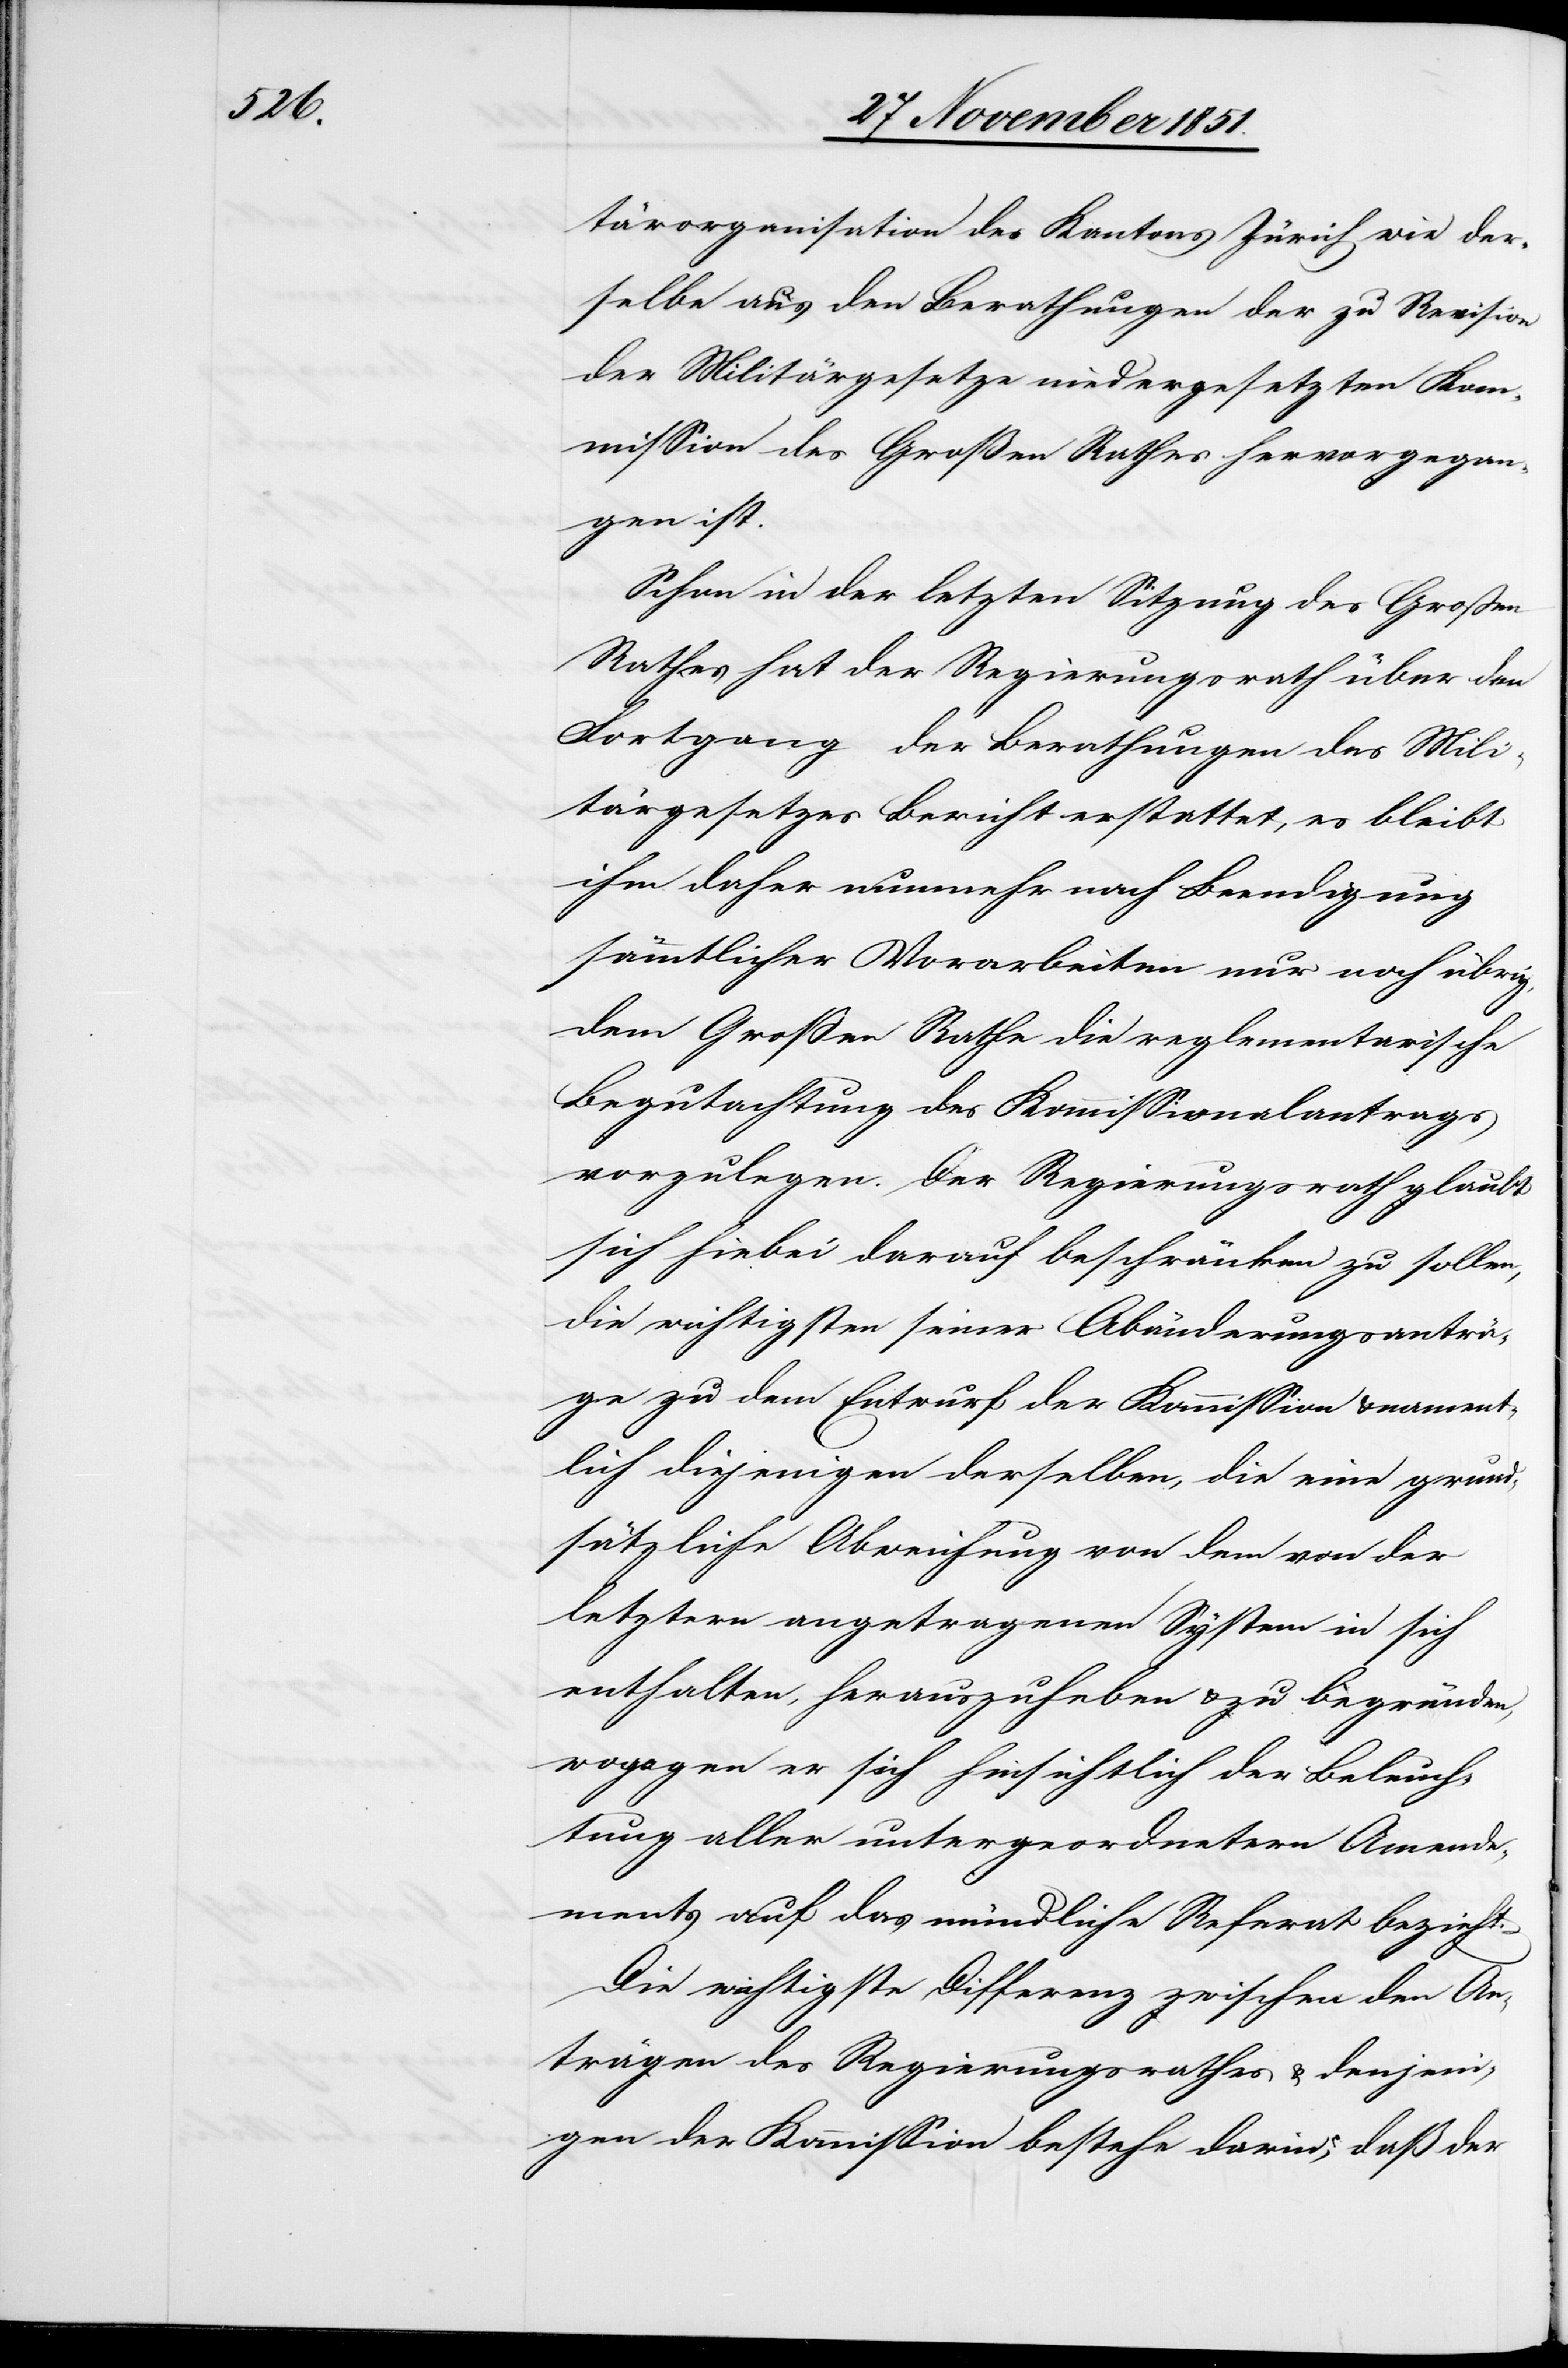
tärorganisation des Kantons Zürich wie der¬
selbe aus den Berathungen der zu Revision
der Militärgesetze niedergesetzten Kom¬
mission des Großen Rathes hervorgegan¬
gen ist.
Schon in der letzten Sitzung des Großen
Rathes hat der Regierungsrath über den
Fortgang der Berathungen des Mili¬
tärgesetzes Bericht erstattet, es bleibt
ihm daher nunmehr nach Beendigung
sämmtlicher Vorarbeiten nur noch übrig,
dem Großen Rathe die reglementarische
Begutachtung des Kommissionalantrags
vorzulegen. Der Regierungsrath glaubt
sich hiebei darauf beschränken zu sollen,
die wichtigsten seiner Abänderungsanträ¬
ge zu dem Entwurf der Kommission & nament¬
lich diejenigen derselben, die eine grund¬
sätzliche Abweichung von dem von der
letztern angetragenen System in sich
enthalten, herauszuheben & zu begründen,
wogegen er sich hinsichtlich der Beleuch¬
tung aller untergeordnetern Amende¬
ments auf das mündliche Referat bezieht.
Die wichtigste Differenz zwischen den An¬
trägen des Regierungsrathes & denjeni¬
gen der Kommission bestehe darin, daß der